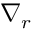
\nabla _ { { r } }